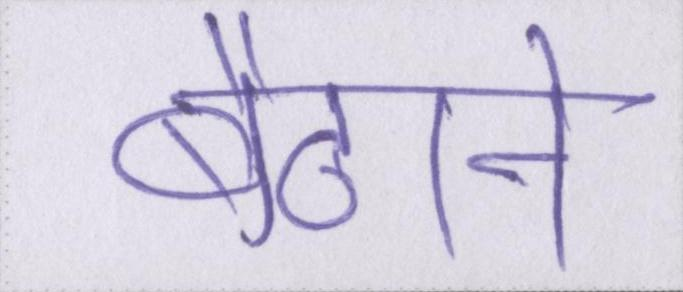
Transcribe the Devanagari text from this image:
बैठाने